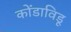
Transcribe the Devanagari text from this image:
कोंडाविडू